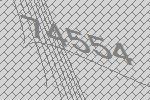
74554